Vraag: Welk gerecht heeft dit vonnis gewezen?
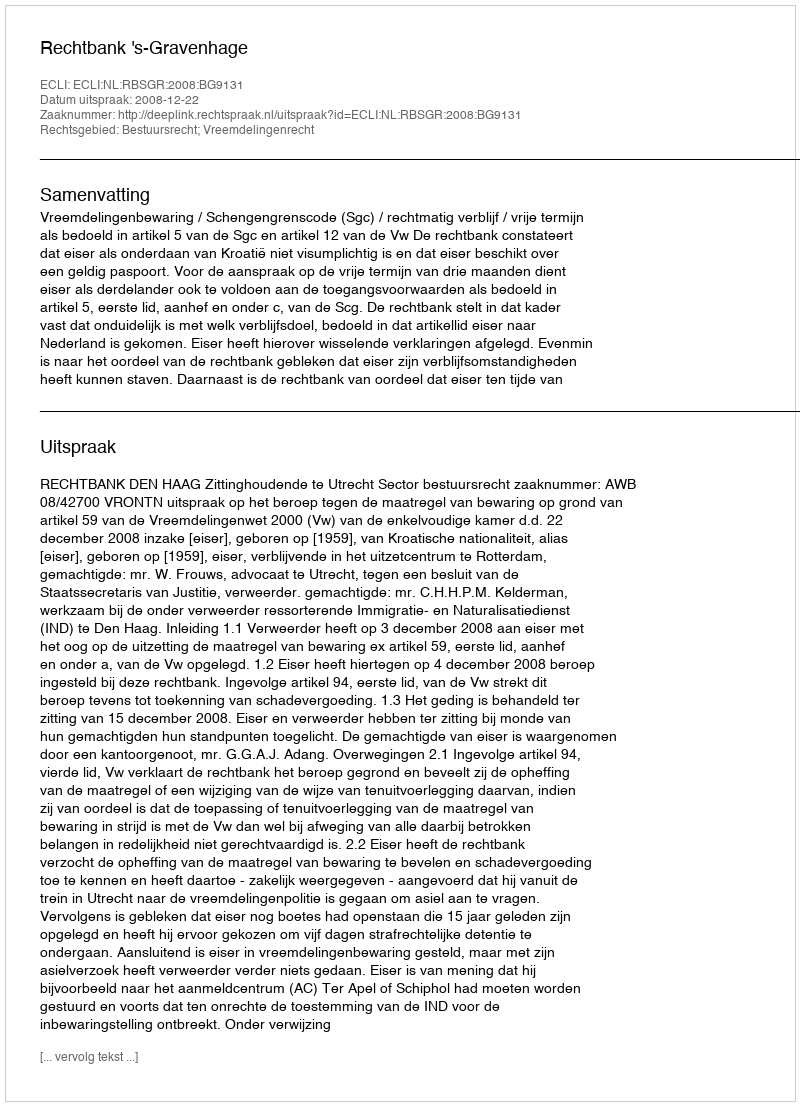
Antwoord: Rechtbank 's-Gravenhage